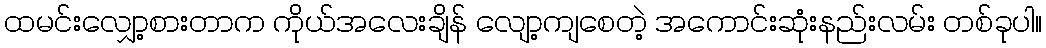
ထမင်းလျှော့စားတာက ကိုယ်အလေးချိန် လျော့ကျစေတဲ့ အကောင်းဆုံးနည်းလမ်း တစ်ခုပါ။